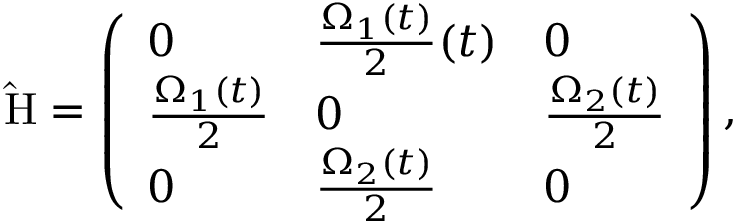
\mathrm { \hat { H } } = \left( \begin{array} { l l l } { 0 } & { \frac { \Omega _ { 1 } ( t ) } { 2 } ( t ) } & { 0 } \\ { \frac { \Omega _ { 1 } ( t ) } { 2 } } & { 0 } & { \frac { \Omega _ { 2 } ( t ) } { 2 } } \\ { 0 } & { \frac { \Omega _ { 2 } ( t ) } { 2 } } & { 0 } \end{array} \right) ,